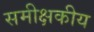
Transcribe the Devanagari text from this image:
समीक्षकीय